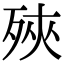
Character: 殎